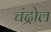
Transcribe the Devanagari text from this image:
चंद्रोल